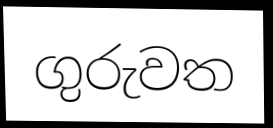
ගුරුවත